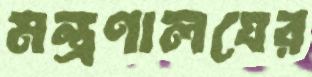
মন্ত্রণালযের